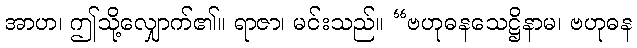
အာဟ၊ ဤသို့လျှောက်၏။ ရာဇာ၊ မင်းသည်။ “ဗဟုဓနသေဋ္ဌိနာမ၊ ဗဟုဓန